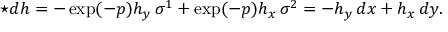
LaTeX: \star d h = - \exp ( - p ) h _ { y } \, \sigma ^ { 1 } + \exp ( - p ) h _ { x } \, \sigma ^ { 2 } = - h _ { y } \, d x + h _ { x } \, d y .